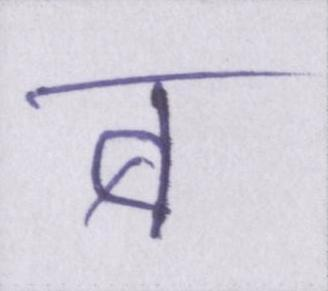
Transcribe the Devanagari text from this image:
ब